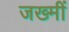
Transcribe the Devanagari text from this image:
जख्मीं